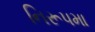
નિરૂપમા